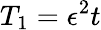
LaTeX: T_{1}=\epsilon^{2}t